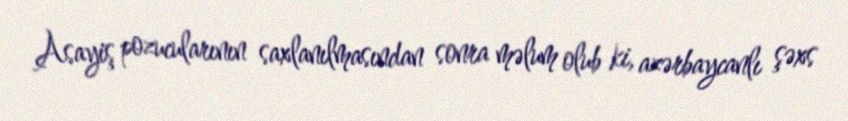
Asayiş pozucularının saxlanılmasından sonra məlum olub ki, azərbaycanlı şəxs